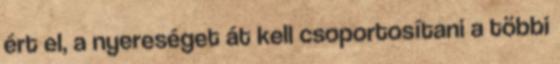
ért el, a nyereséget át kell csoportosítani a többi